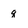
Character: q